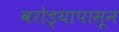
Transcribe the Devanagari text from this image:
वरोड्यापासून